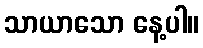
သာယာသော နေ့ပါ။